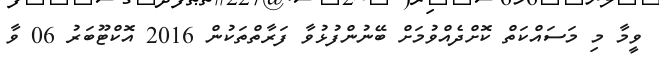
ވީމާ މި މަސައްކަތް ކޮށްދެއްވުމަށް ބޭނުންފުޅުވާ ފަރާތްތަކުން 2016 އޮކްޓޫބަރު 06 ވާ